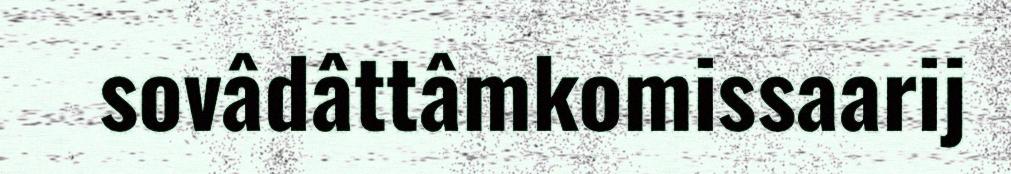
sovâdâttâmkomissaarij